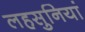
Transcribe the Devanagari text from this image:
लहसुनियां